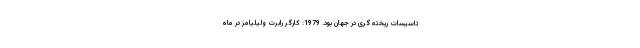
تاسیسات ریخته گری در جهان بود. 1979: کارگر رابرت ولیلیامز در ماه